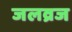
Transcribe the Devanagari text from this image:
जलव्रज